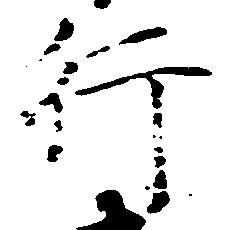
行